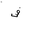
Letter: _fa